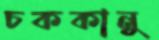
চককানু